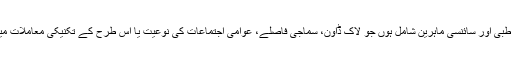
اس کمیشن میں ایک جانب تو طبی اور سائنسی ماہرین شامل ہوں جو لاک ڈاون، سماجی فاصلے، عوامی اجتماعات کی نوعیت یا اس طرح کے تکنیکی معاملات میں حکومت کی رہنمائی کریں۔